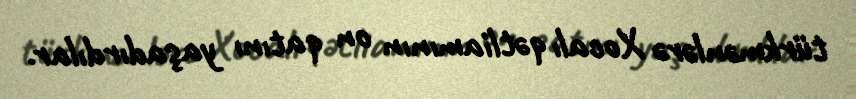
türkmənlərə Xocalı qətliamının on qatını yaşadırdılar.